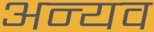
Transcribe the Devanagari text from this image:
अन्यव